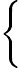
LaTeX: \left\{ \begin{array}{c}{\begin{array}{rl}\end{array}}\\ {\begin{array}{rl}\end{array}}\end{array}\right.